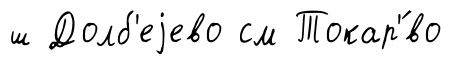
ш Долб'еjево см Токар'́во